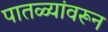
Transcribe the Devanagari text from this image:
पातळ्यांवरून